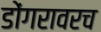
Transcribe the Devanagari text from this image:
डोंगरावरच